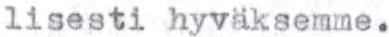
lisesti hyväksemme.